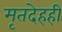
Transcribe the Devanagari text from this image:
मृतदेहही